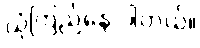
ယုံကြည်နေ ပါတယ်။